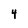
Character: 4